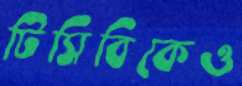
টিসিবিকেও